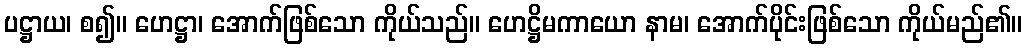
ပဋ္ဌာယ၊ စ၍။ ဟေဋ္ဌာ၊ အောက်ဖြစ်သော ကိုယ်သည်။ ဟေဋ္ဌိမကာယော နာမ၊ အောက်ပိုင်းဖြစ်သော ကိုယ်မည်၏။